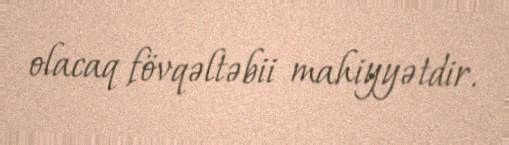
olacaq fövqəltəbii mahiyyətdir.